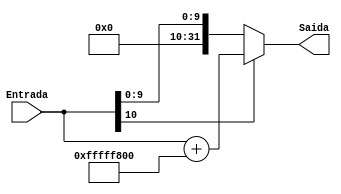
module ExtensorInput(Entrada, Saida);

	input [10:0] Entrada;
	output reg [31:0] Saida;
	
	always @(*) begin
		Saida = Entrada;
		if(Entrada[10] == 1)
			Saida = Saida + 32'b11111111111111111111100000000000;
	end
	
endmodule